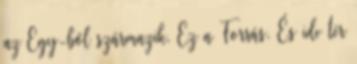
az Egy-ből származik. Ez a Forrás. És ide tér